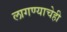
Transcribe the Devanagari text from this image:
लागण्याचेही